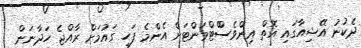
ދެކުނު އޭޝިއާގައި އޮތް އިންވެސްްޓްމަންޓަށް އެންމެ ފަހި ގައުމަށް ރާއްޖެ ހަދާނަން